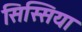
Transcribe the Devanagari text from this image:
सिस्सिया